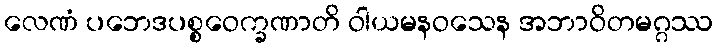
လေဏံ ပဘေဒပစ္စဝေက္ခဏာတိ ဝါယမနဝသေန အဘာဝိတမဂ္ဂဿ